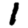
Digit: 1